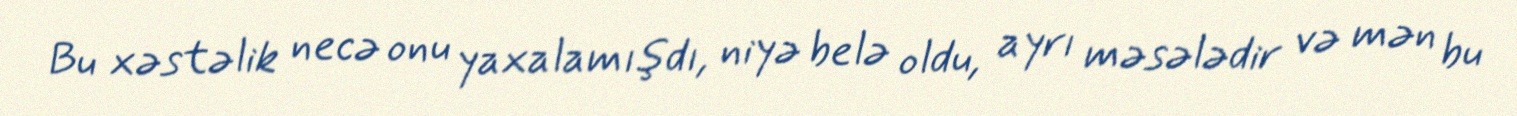
Bu xəstəlik necə onu yaxalamışdı, niyə belə oldu, ayrı məsələdir və mən bu